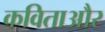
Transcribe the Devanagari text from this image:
कविताऔर